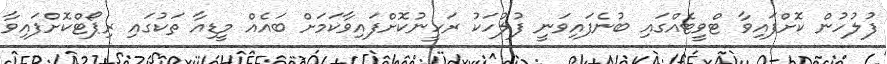
ފުލުހުން ކޮށްފައިވާ ޓްވީޓެއްގައި ބުނެފައިވަނީ ފުލުހަކު ރަހީނުކޮށްފައިވާކަމަށް ބައެއް މީޑިއާ ތަކުގައި ރިޕޯޓްކޮށްފައިވާ